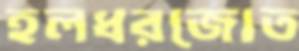
হলধরজোত